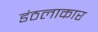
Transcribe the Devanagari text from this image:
डंठलाकार